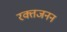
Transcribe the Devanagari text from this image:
रक्तजनन